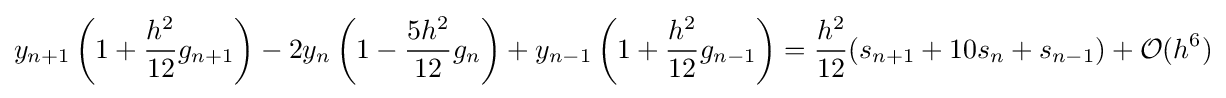
y_{n+1}\left(1+{\frac {h^{2}}{12}}g_{n+1}\right)-2y_{n}\left(1-{\frac {5h^{2}}{12}}g_{n}\right)+y_{n-1}\left(1+{\frac {h^{2}}{12}}g_{n-1}\right)={\frac {h^{2}}{12}}(s_{n+1}+10s_{n}+s_{n-1})+{\mathcal {O}}(h^{6})